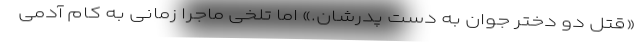
«قتل دو دختر جوان به دست پدرشان.» اما تلخی ماجرا زمانی به کام آدمی